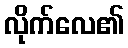
လိုက်လေ၏